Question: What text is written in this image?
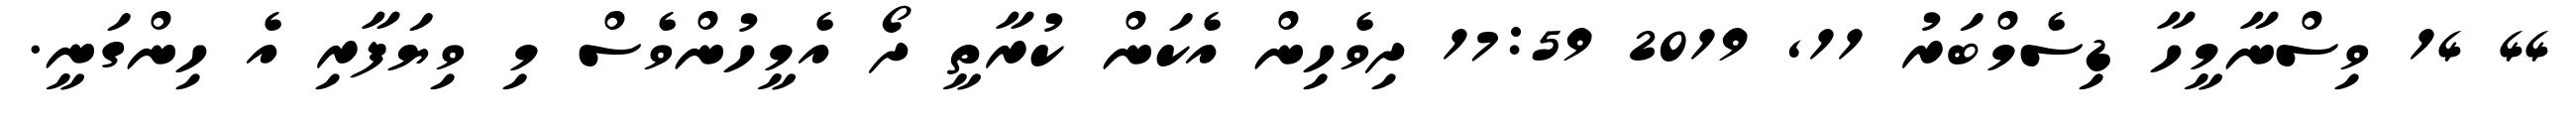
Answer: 44 14 ވިސްނާމީހާ ޑިސެމްބަރު 11, 2019 17:59 ދިވެހިން އެކަން ކުރާތީ ދޯ އެމީހުންވެސް މި ވިޔަފާރި އެ ހިންގަނީ.